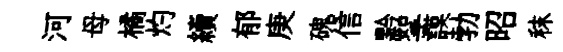
河母橘灼續郁庚磈信黔挐謨勃昭秣